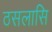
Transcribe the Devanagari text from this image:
ठसलासि